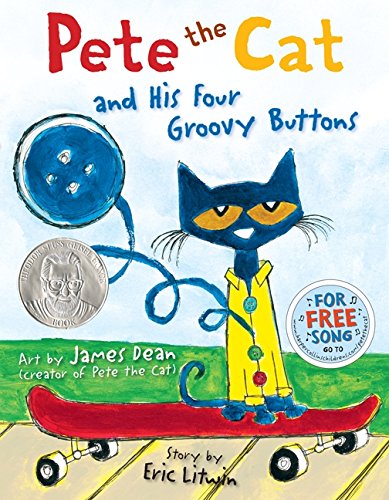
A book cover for Pete the Cat and His Four Groovy Buttons; Eric Litwin; Children's Books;